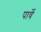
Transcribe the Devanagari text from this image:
पार्वे